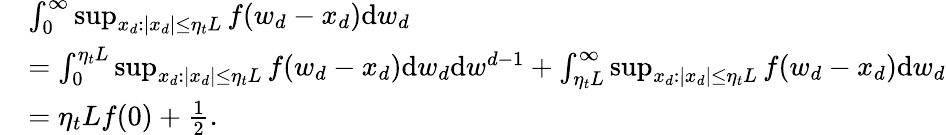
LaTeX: \begin{array}{rl}&{\int_{0}^{\infty}\operatorname*{sup}_{x_{d}:|x_{d}|\leq\eta_{t}L}f(w_{d}-x_{d})\mathrm{d}w_{d}}\\ &{=\int_{0}^{\eta_{t}L}\operatorname*{sup}_{x_{d}:|x_{d}|\leq\eta_{t}L}f(w_{d}-x_{d})\mathrm{d}w_{d}\mathrm{d}w^{d-1}+\int_{\eta_{t}L}^{\infty}\operatorname*{sup}_{x_{d}:|x_{d}|\leq\eta_{t}L}f(w_{d}-x_{d})\mathrm{d}w_{d}}\\ &{=\eta_{t}Lf(0)+\frac{1}{2}.}\end{array}